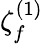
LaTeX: \zeta_{f}^{(1)}